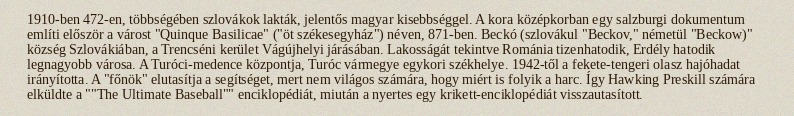
1910-ben 472-en, többségében szlovákok lakták, jelentős magyar kisebbséggel. A kora középkorban egy salzburgi dokumentum említi először a várost "Quinque Basilicae" ("öt székesegyház") néven, 871-ben. Beckó (szlovákul "Beckov," németül "Beckow)" község Szlovákiában, a Trencséni kerület Vágújhelyi járásában. Lakosságát tekintve Románia tizenhatodik, Erdély hatodik legnagyobb városa. A Turóci-medence központja, Turóc vármegye egykori székhelye. 1942-től a fekete-tengeri olasz hajóhadat irányította. A "főnök" elutasítja a segítséget, mert nem világos számára, hogy miért is folyik a harc. Így Hawking Preskill számára elküldte a ""The Ultimate Baseball"" enciklopédiát, miután a nyertes egy krikett-enciklopédiát visszautasított.